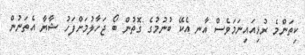
ކިތަންމެ ރުޅިއައިނަމަވެސް އާނ އެކޭ ބުނުމުގެ ގޮތުން ބޯ ޖަހާލުމަށްފަހު ޝާޔާ އެތަނުން